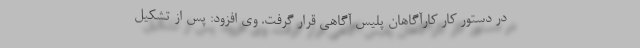
در دستور کار کارآگاهان پلیس آگاهی قرار گرفت. وی افزود: پس از تشکیل